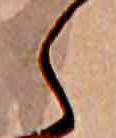
く